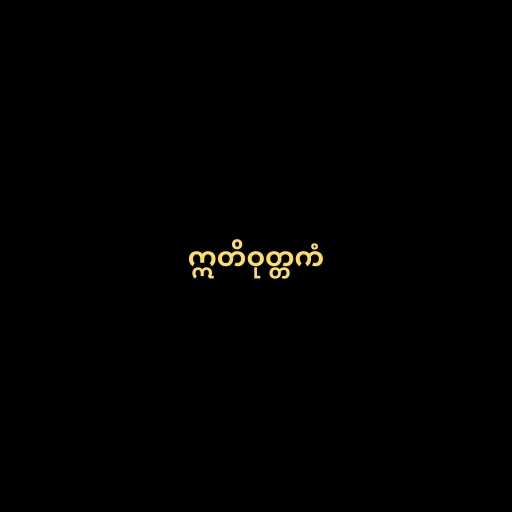
ဣတိဝုတ္တကံ